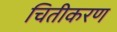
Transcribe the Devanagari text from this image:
चितीकरण